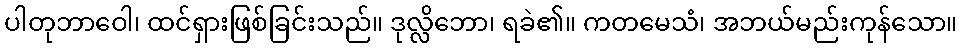
ပါတုဘာဝေါ၊ ထင်ရှားဖြစ်ခြင်းသည်။ ဒုလ္လိဘော၊ ရခဲ၏။ ကတမေသံ၊ အဘယ်မည်းကုန်သော။